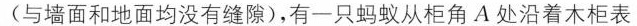
(与墙面和地面均没有缝隙)，有一只蚂蚁从柜角A处沿着木柜表